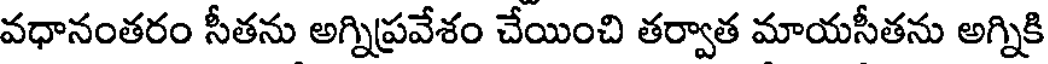
వధానంతరం సీతను అగ్నిప్రవేశం చేయించి తర్వాత మాయసీతను అగ్నికి